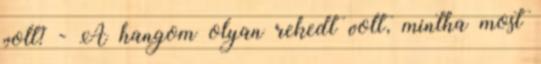
volt? - A hangom olyan rekedt volt, mintha most